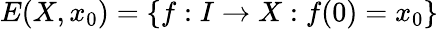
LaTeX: E(X,x_{0})=\{ f:I\to X:f(0)=x_{0}\}